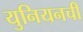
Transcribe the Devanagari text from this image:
युनियनची